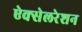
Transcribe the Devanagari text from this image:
ऐक्सेलरेशन